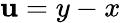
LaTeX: \mathbf{u}=y-x